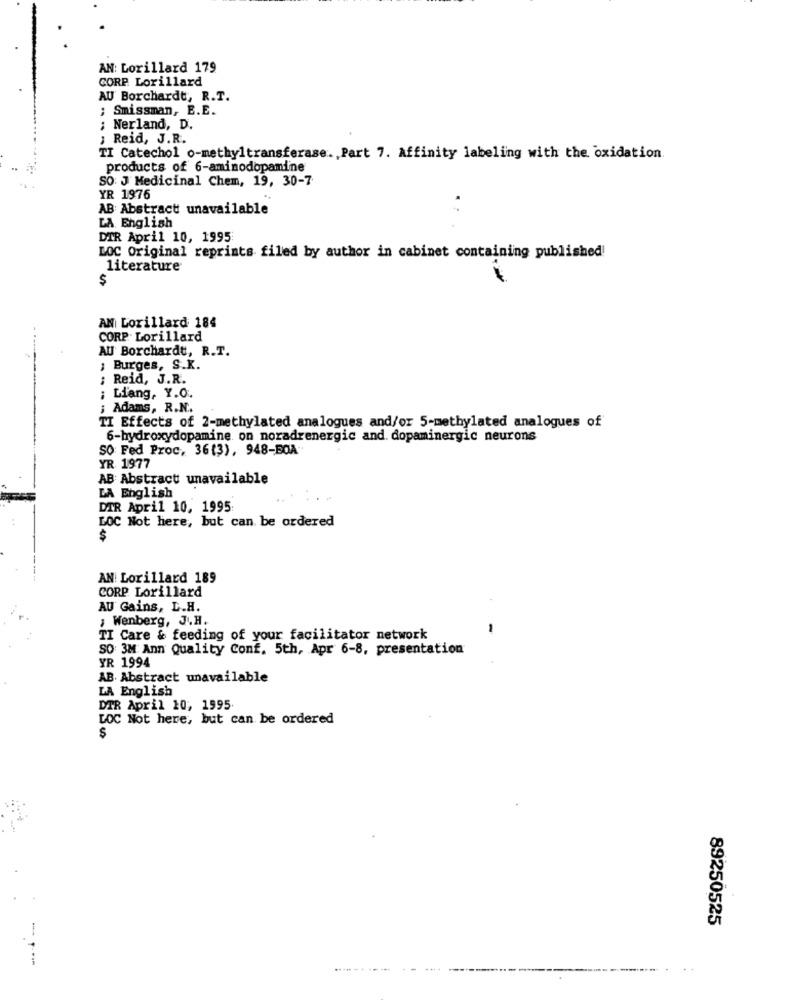
AN: Lorillard 179
CORP. Lorillard
AU Borchardt, R.T.
; Smissman, E.E.
; Nerland, D.
, Reid, J.R.
TI Catechol o-methyltransferase. Part 7. Affinity labeling with the oxidation.
products of 6-aminodopamine
SO: J Medicinal Chem, 19, 30-7
YR 1976
AB Abstract unavailable
LA English
DIR April 10, 1995
LOC Original reprints filed by author in cabinet containing published!
literature
$
AN Lorillard 184
CORP. Lorillard
AU Borchardt, R.T.
; Burges, S.K.
: Reid, J.R.
; Liang, Y.O.
; Adams, R.N ..
TI Effects of 2-methylated analogues and/or 5-methylated analogues of
6-hydroxydopamine on noradrenergic and. dopaminergic neurons
SO: Fed Proc, 36(3), 948-BOA
YR 1977
AB Abstract unavailable
LA English
DIR April 10, 1995:
LOC Not here, but can be ordered
$
AN| Lorillard 189
CORP Lorillard
AU Gains, D.H.
; Wenberg, J.H.
TI Care & feeding of your facilitator network
SO 3M Ann Quality Conf. 5th, Apr 6-8, presentation
YR 1994
AB. Abstract unavailable
LA English
DTR April 10, 1995
LOC Not here, but can be ordered
S
89250525